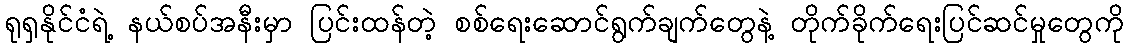
ရုရှနိုင်ငံရဲ့ နယ်စပ်အနီးမှာ ပြင်းထန်တဲ့ စစ်ရေးဆောင်ရွက်ချက်တွေနဲ့ တိုက်ခိုက်ရေးပြင်ဆင်မှုတွေကို